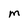
Character: M